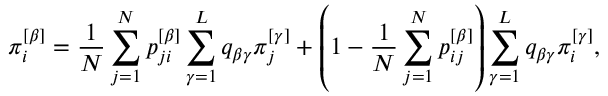
\pi _ { i } ^ { \left[ \beta \right] } = \frac { 1 } { N } \sum _ { j = 1 } ^ { N } p _ { j i } ^ { \left[ \beta \right] } \sum _ { \gamma = 1 } ^ { L } q _ { \beta \gamma } \pi _ { j } ^ { \left[ \gamma \right] } + \left( 1 - \frac { 1 } { N } \sum _ { j = 1 } ^ { N } p _ { i j } ^ { \left[ \beta \right] } \right) \sum _ { \gamma = 1 } ^ { L } q _ { \beta \gamma } \pi _ { i } ^ { \left[ \gamma \right] } ,